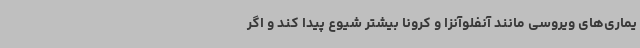
یماری‌های ویروسی مانند آنفلوآنزا و کرونا بیشتر شیوع پیدا کند و اگر